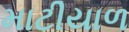
માટીયાળ